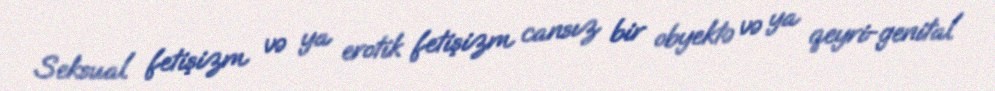
Seksual fetişizm və ya erotik fetişizm cansız bir obyektə və ya qeyri-genital